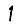
Digit: 1